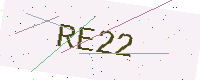
Text: RE22